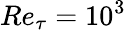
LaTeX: Re_{\tau}=10^{3}